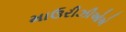
માઉરીઝીઓએ